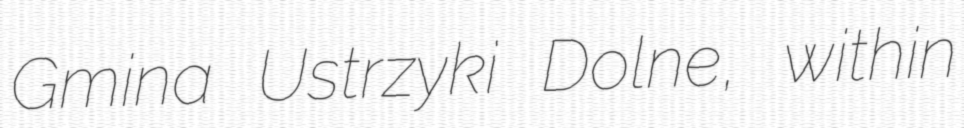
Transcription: Gmina Ustrzyki Dolne, within